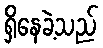
ရှိနေခဲ့သည်